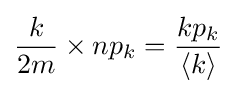
{\frac {k}{2m}}\times np_{k}={\frac {kp_{k}}{\left\langle k\right\rangle }}